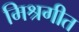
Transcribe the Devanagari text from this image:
मिश्रगीत